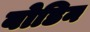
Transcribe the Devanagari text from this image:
बोडिन